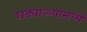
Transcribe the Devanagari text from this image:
घड्याळ्यामध्ये